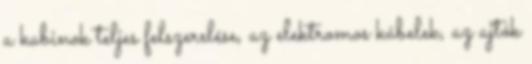
a kabinok teljes felszerelése, az elektromos kábelek, az ajtók